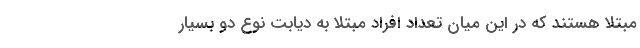
مبتلا هستند که در این میان تعداد افراد مبتلا به دیابت نوع دو بسیار